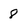
Character: 8